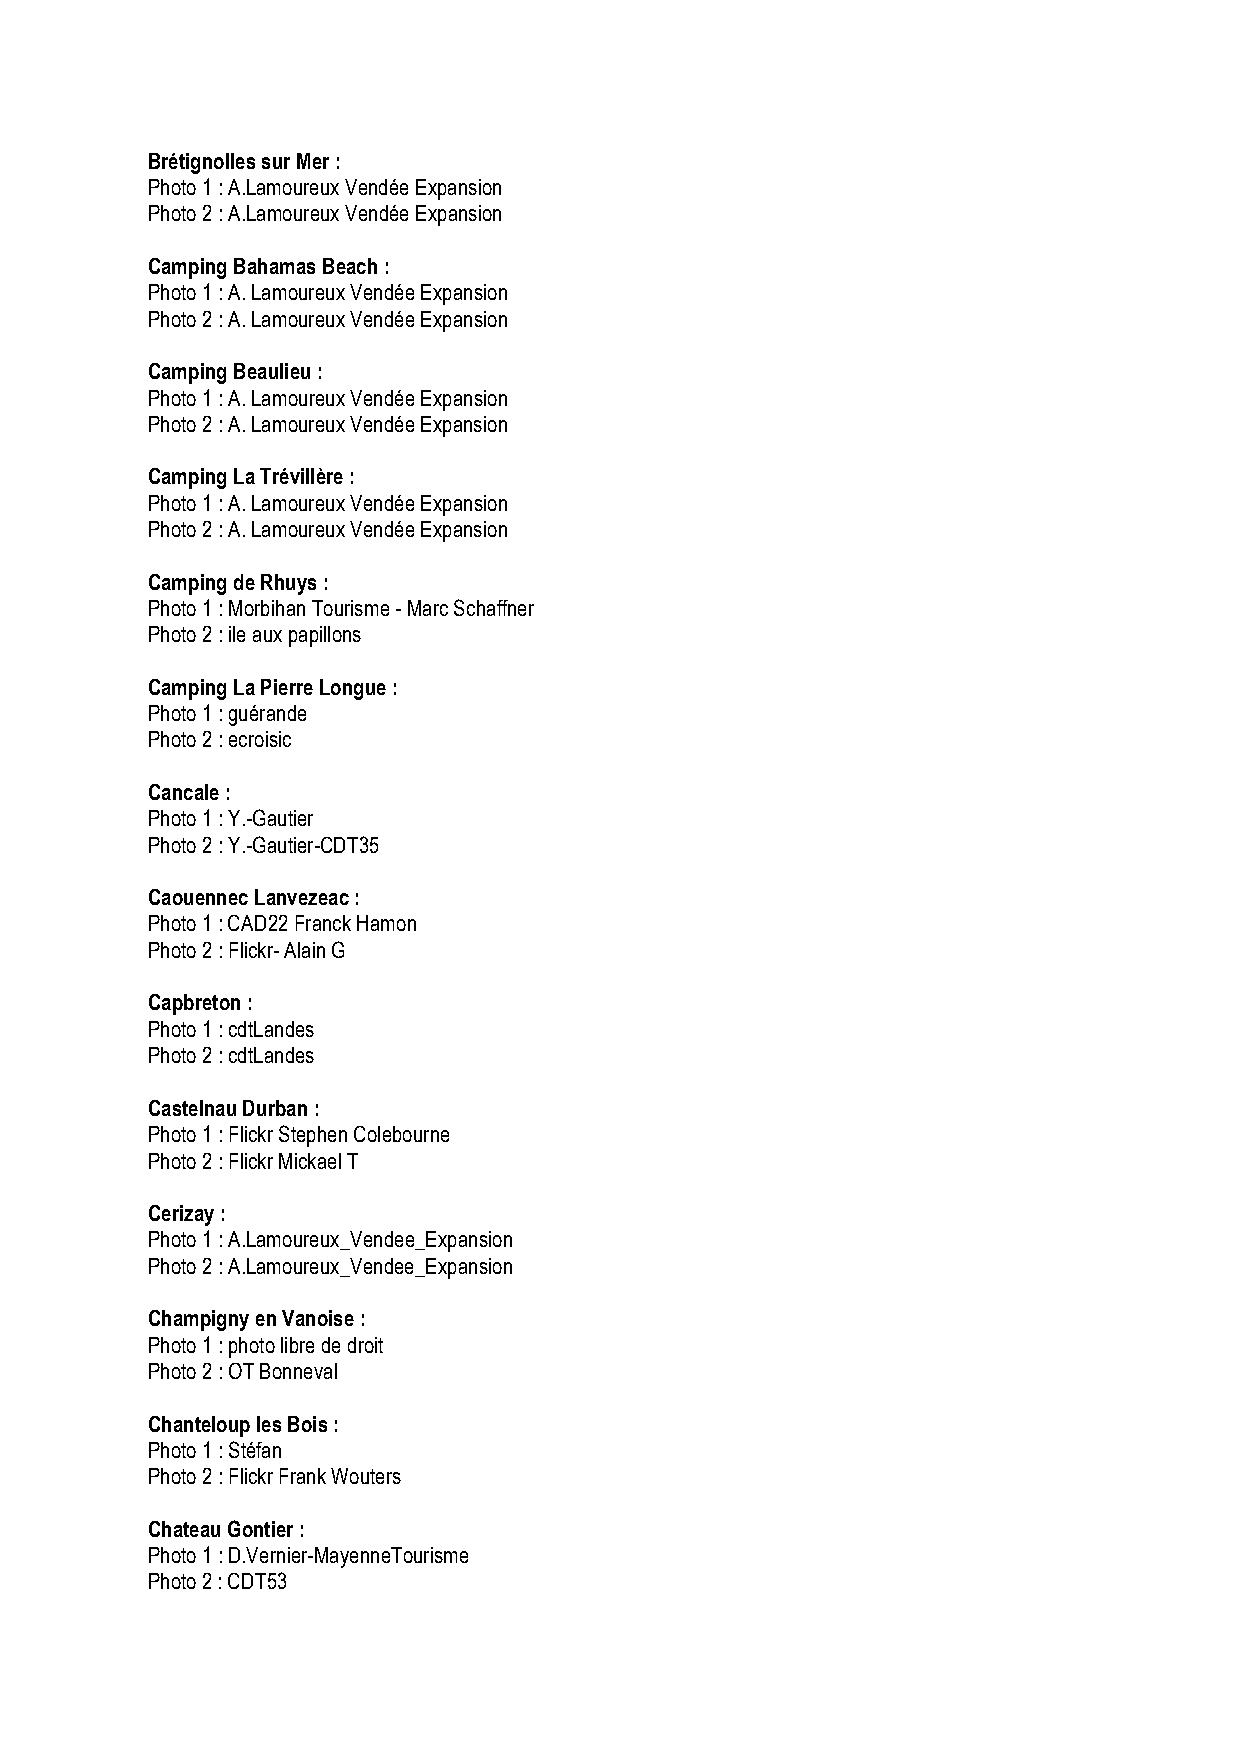
Brétignolles sur Mer :
 Photo 1 : A.Lamoureux Vendée Expansion
 Photo 2 : A.Lamoureux Vendée Expansion
 Camping Bahamas Beach :
 Photo 1 : A. Lamoureux Vendée Expansion
 Photo 2 : A. Lamoureux Vendée Expansion
 Camping Beaulieu :
 Photo 1 : A. Lamoureux Vendée Expansion
 Photo 2 : A. Lamoureux Vendée Expansion
 Camping La Trévillère :
 Photo 1 : A. Lamoureux Vendée Expansion
 Photo 2 : A. Lamoureux Vendée Expansion
 Camping de Rhuys :
 Photo 1 : Morbihan Tourisme - Marc Schaffner
 Photo 2 : ile aux papillons
 Camping La Pierre Longue :
 Photo 1 : guérande
 Photo 2 : ecroisic
 Cancale :
 Photo 1 : Y.-Gautier
 Photo 2 : Y.-Gautier-CDT35
 Caouennec Lanvezeac :
 Photo 1 : CAD22 Franck Hamon
 Photo 2 : Flickr- Alain G
 Capbreton :
 Photo 1 : cdtLandes
 Photo 2 : cdtLandes
 Castelnau Durban :
 Photo 1 : Flickr Stephen Colebourne
 Photo 2 : Flickr Mickael T
 Cerizay :
 Photo 1 : A.Lamoureux_Vendee_Expansion
 Photo 2 : A.Lamoureux_Vendee_Expansion
 Champigny en Vanoise :
 Photo 1 : photo libre de droit
 Photo 2 : OT Bonneval
 Chanteloup les Bois :
 Photo 1 : Stéfan
 Photo 2 : Flickr Frank Wouters
 Chateau Gontier :
 Photo 1 : D.Vernier-MayenneTourisme
 Photo 2 : CDT53